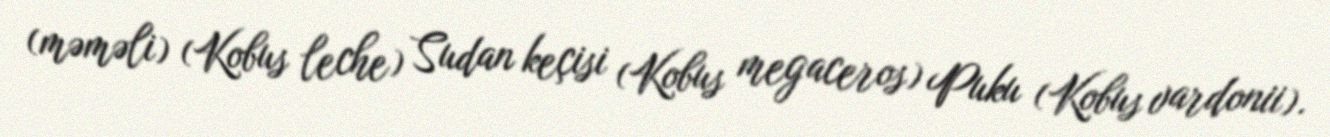
(məməli) (Kobus leche) Sudan keçisi (Kobus megaceros) Puku (Kobus vardonii).